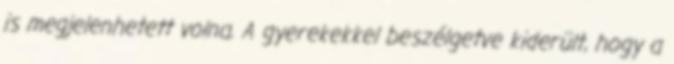
is megjelenhetett volna. A gyerekekkel beszélgetve kiderült, hogy a